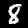
Label: 8